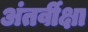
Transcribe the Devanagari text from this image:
अंतर्वीक्षा